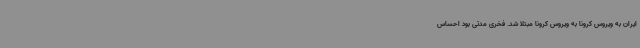
ایران به ویروس کرونا به ویروس کرونا مبتلا شد. فخری مدتی بود احساس